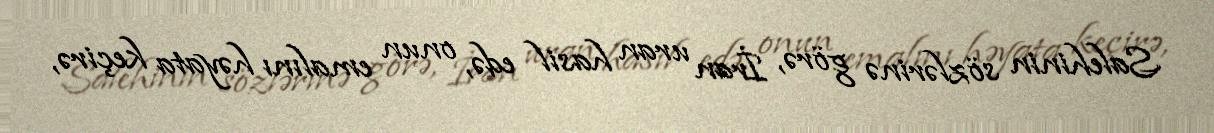
Salehinin sözlərinə görə, İran uran hasil edə, onun emalını həyata keçirə,